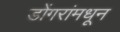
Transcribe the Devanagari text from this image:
डोंगरांमधून